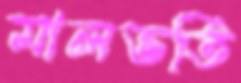
মালভর্তি